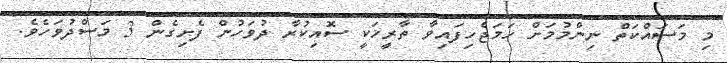
މި މަސައްކަތް ނިންމުމަށް ހަމަޖެހިފައިވާ ތާރީޚަކީ ސޮއިކުރާ ދުވަހުން ފެށިގެން 3 މަސްދުވަހެވެ.